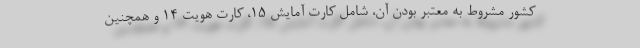
کشور مشروط به معتبر بودن آن، شامل کارت آمایش ۱۵، کارت هویت ۱۴ و همچنین